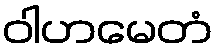
ဝါဟမေတံ